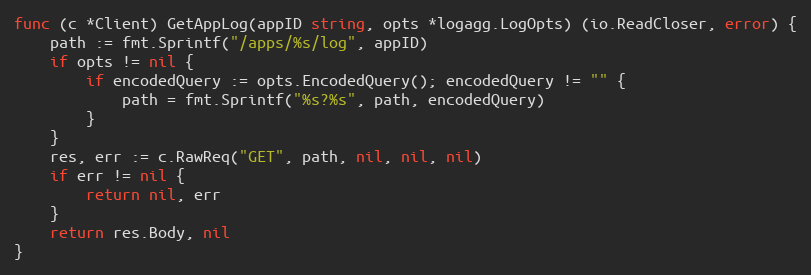
Language: Go
func (c *Client) GetAppLog(appID string, opts *logagg.LogOpts) (io.ReadCloser, error) {
	path := fmt.Sprintf("/apps/%s/log", appID)
	if opts != nil {
		if encodedQuery := opts.EncodedQuery(); encodedQuery != "" {
			path = fmt.Sprintf("%s?%s", path, encodedQuery)
		}
	}
	res, err := c.RawReq("GET", path, nil, nil, nil)
	if err != nil {
		return nil, err
	}
	return res.Body, nil
}